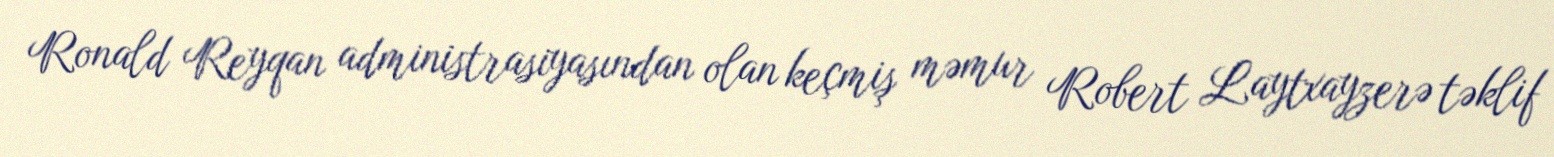
Ronald Reyqan administrasiyasından olan keçmiş məmur Robert Laytxayzerə təklif